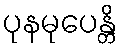
ပုနမုပေန္တိ